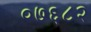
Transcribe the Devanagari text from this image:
०७६८२